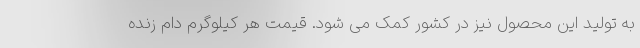
به تولید این محصول نیز در کشور کمک می شود. قیمت هر کیلوگرم دام زنده